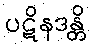
ပဋိနဒန္တိ